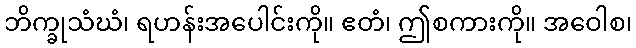
ဘိက္ခုသံဃံ၊ ရဟန်းအပေါင်းကို။ ဧတံ၊ ဤစကားကို။ အဝေါစ၊